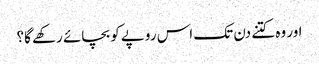
اور وہ کتنے دن تک اس روپے کو بچائے رکھے گا؟